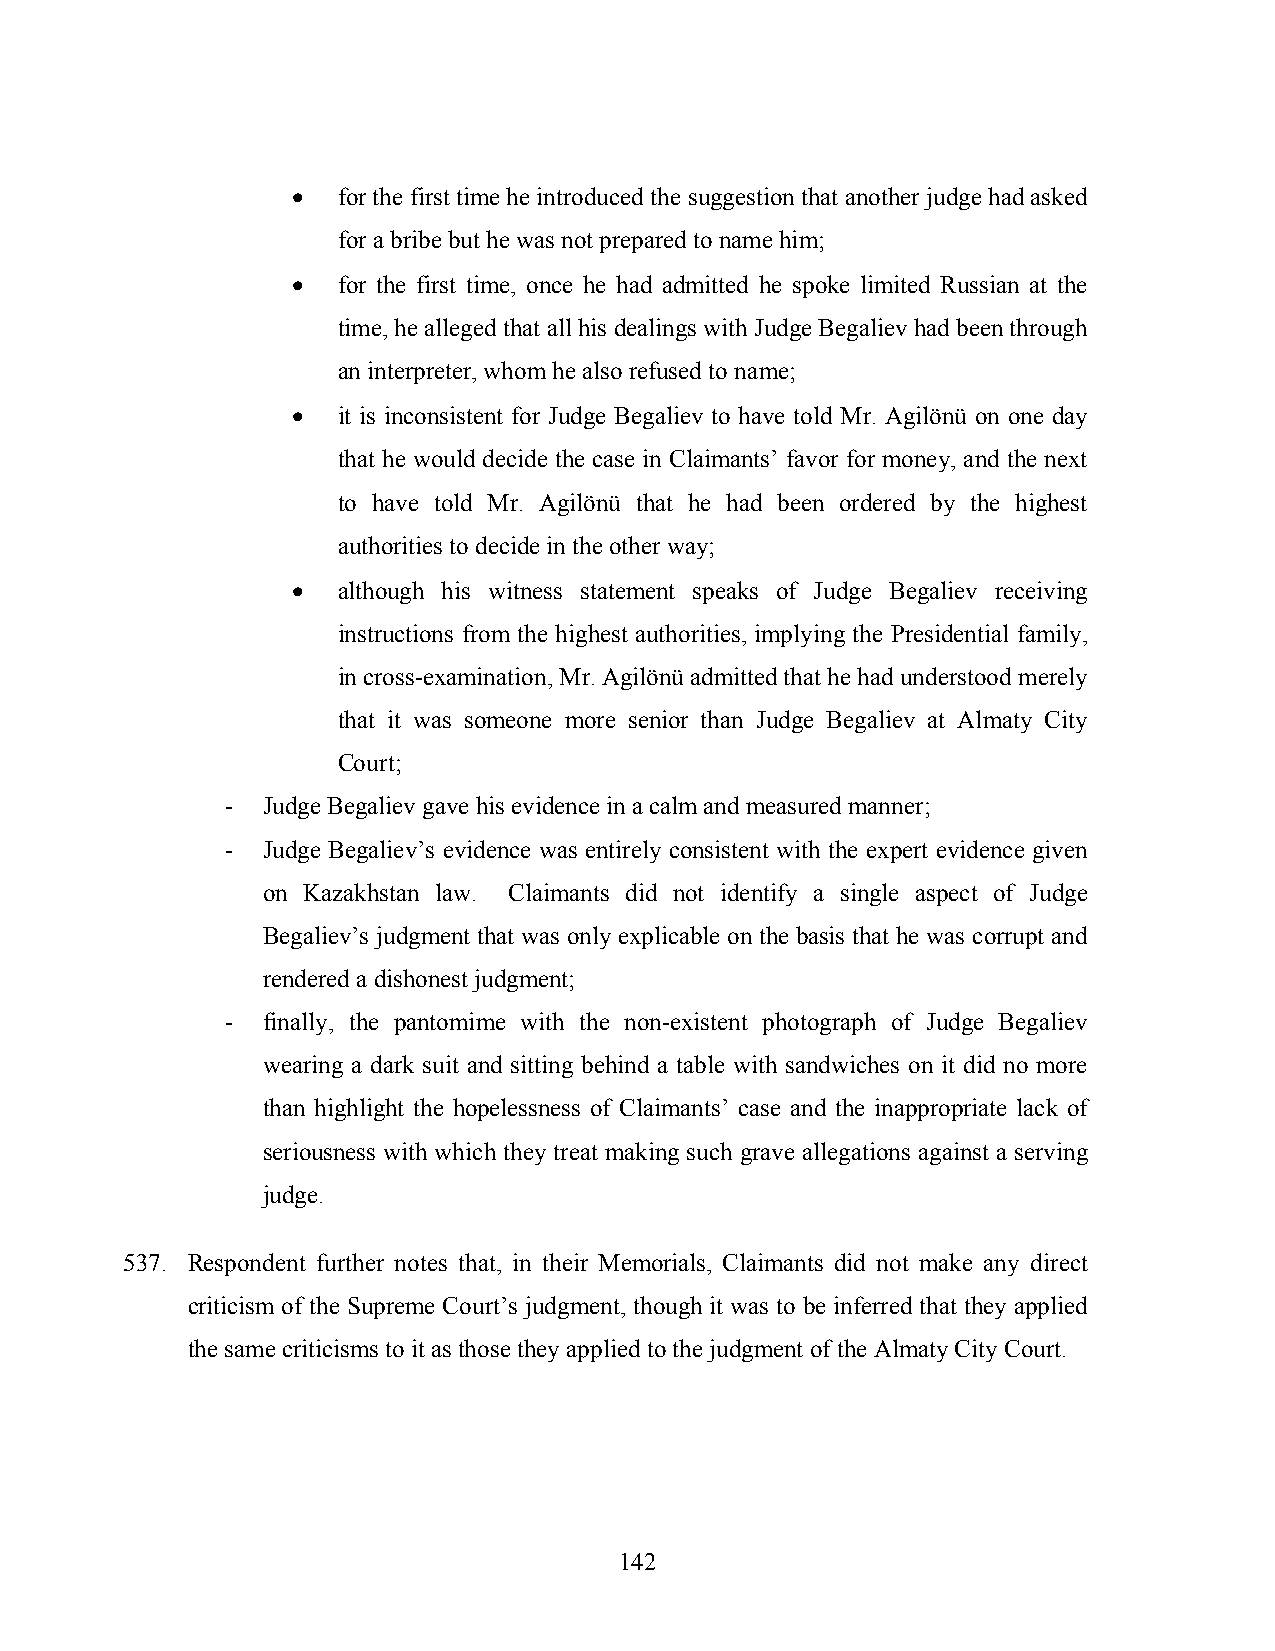
!  for the first time he introduced the suggestion that another judge had asked
 for a bribe but he was not prepared to name him;
 !  for the first time, once he had admitted he spoke limited Russian at the
 time, he alleged that all his dealings with Judge Begaliev had been through
 an interpreter, whom he also refused to name;
 !  it is inconsistent for Judge Begaliev to have told Mr. Agilönü on one day
 that he would decide the case in Claimants’ favor for money, and the next
 to have told Mr. Agilönü that he had been ordered by the highest
 authorities to decide in the other way;
 !  although his witness statement speaks of Judge Begaliev receiving
 instructions from the highest authorities, implying the Presidential family,
 in cross-examination, Mr. Agilönü admitted that he had understood merely
 that it was someone more senior than Judge Begaliev at Almaty City
 Court;
 - Judge Begaliev gave his evidence in a calm and measured manner;
 - Judge Begaliev’s evidence was entirely consistent with the expert evidence given
 on Kazakhstan law. Claimants did not identify a single aspect of Judge
 Begaliev’s judgment that was only explicable on the basis that he was corrupt and
 rendered a dishonest judgment;
 - finally, the pantomime with the non-existent photograph of Judge Begaliev
 wearing a dark suit and sitting behind a table with sandwiches on it did no more
 than highlight the hopelessness of Claimants’ case and the inappropriate lack of
 seriousness with which they treat making such grave allegations against a serving
 judge.
 537. Respondent further notes that, in their Memorials, Claimants did not make any direct
 criticism of the Supreme Court’s judgment, though it was to be inferred that they applied
 the same criticisms to it as those they applied to the judgment of the Almaty City Court.
 142